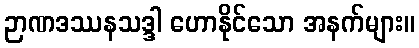
ဉာဏဒဿနသဒ္ဒါ ဟောနိုင်သော အနက်များ။